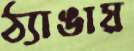
ঠ্যাঙায়